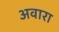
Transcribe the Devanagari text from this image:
अवारा